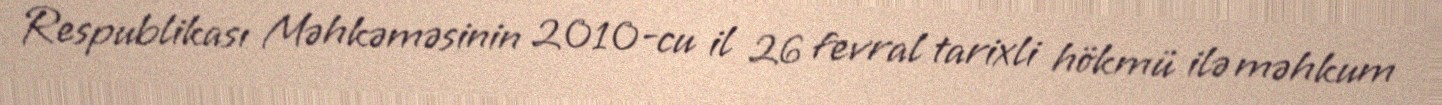
Respublikası Məhkəməsinin 2010-cu il 26 fevral tarixli hökmü ilə məhkum